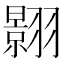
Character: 𮶎